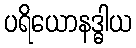
ပရိယောနဒ္ဓါယ